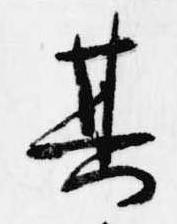
其